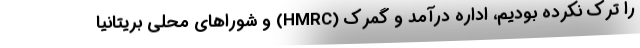
را ترک نکرده بودیم، اداره درآمد و گمرک (HMRC) و شوراهای محلی بریتانیا